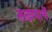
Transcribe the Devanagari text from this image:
लढण्याचें